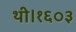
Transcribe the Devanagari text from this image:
थी।१६०३